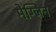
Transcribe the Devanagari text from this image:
मेग्जिन